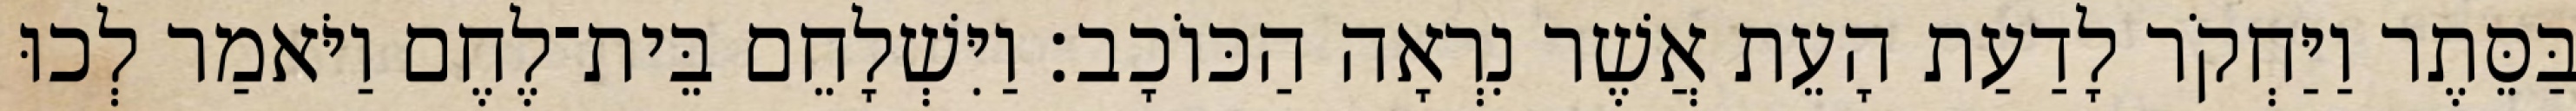
בַּסֵּתֶר וַיַּחְקֹר לָדַעַת הָעֵת אֲשֶׁר נִרְאָה הַכּוֹכָב׃ וַיִּשְׁלָחֵם בֵּית־לֶחֶם וַיֹּאמַר לְכוּ